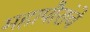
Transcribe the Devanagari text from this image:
महापौरांचे